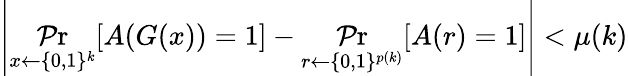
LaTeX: \left|\operatorname*{\mathcal{P}r}_{x\gets\{ 0,1\} ^{k}}[A(G(x))=1]-\operatorname*{\mathcal{P}r}_{r\gets\{ 0,1\} ^{p(k)}}[A(r)=1]\right|<\mu(k)